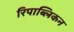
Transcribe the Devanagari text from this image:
रिपाब्लिकन